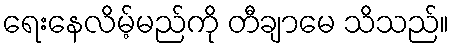
ရေးနေလိမ့်မည်ကို တီချာမေ သိသည်။